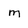
Character: m